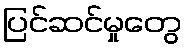
ပြင်ဆင်မှုတွေ